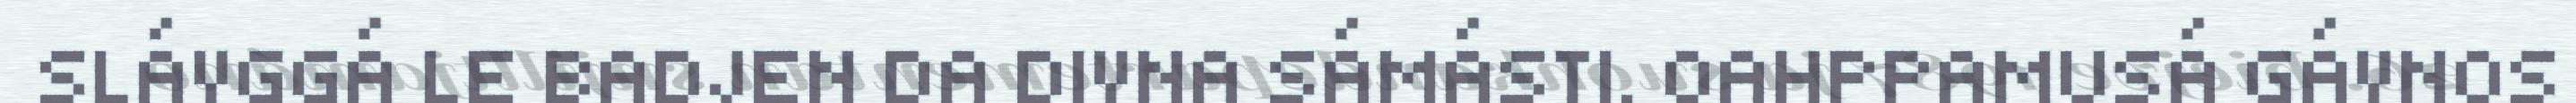
SLÁVGGÁ LE BADJEN DA DIVNA SÁMÁSTI. OAHPPAMUSÁ GÁVNOS